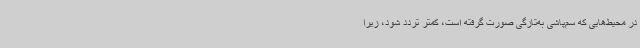
در محیط‌هایی که سم‌پاشی به‌تازگی صورت گرفته است، کمتر تردد شود، زیرا